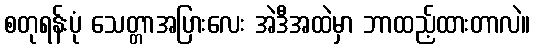
စတုရန်းပုံ သေတ္တာအပြားလေး အဲဒီအထဲမှာ ဘာထည့်ထားတာလဲ။